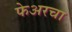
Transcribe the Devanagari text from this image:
फेअरचा